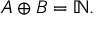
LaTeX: A \oplus B = \mathbb { N } .